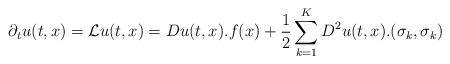
LaTeX: \begin{align*}\partial_tu(t,x)=\mathcal{L}u(t,x)=Du(t,x).f(x)+\frac{1}{2}\sum_{k=1}^{K}D^2u(t,x).(\sigma_k,\sigma_k)\end{align*}